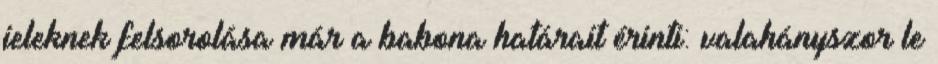
jeleknek felsorolása már a babona határait érinti: valahányszor le